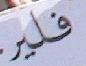
فلير